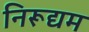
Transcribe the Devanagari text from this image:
निरूद्यम